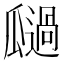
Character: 𭺚